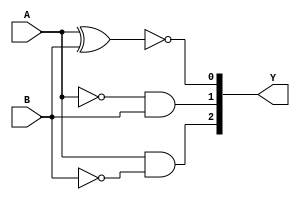
`timescale 1ns / 1ps
//////////////////////////////////////////////////////////////////////////////////
// Company: 
// Engineer: 
// 
// Design Name: 
// Module Name: one_bit_comparator
// Project Name: 
// Target Devices: 
// Tool Versions: 
// Description: 
// 
// Dependencies: 
// 
// Revision:
// Revision 0.01 - File Created
// Additional Comments:
// 
//////////////////////////////////////////////////////////////////////////////////


module one_bit_comparator(
    input A,
    input B,
    output [2:0] Y
    );
    
assign Y[0] = !(A^B);               // A=B
assign Y[1] = !(A)&B;            // A<B
assign Y[2] = (A)&!(B);          // A>B

endmodule